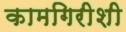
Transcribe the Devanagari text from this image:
कामगिरीशी